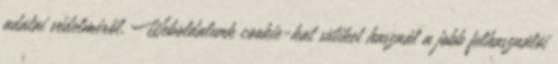
adatai védelméről. Weboldalunk cookie-kat sütiket használ a jobb felhasználói